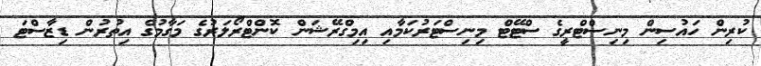
ކުރިން ހައުސިން މިނިސްޓްރީގެ ސްޓޭޓް މިނިސްޓަރުކަމާއި އިމިގްރޭޝަން ކޮންޓްރޯލަރުގެ މަގާމުގެ އިތުރުން ޑިޒާސްޓަ